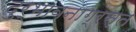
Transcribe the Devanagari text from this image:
दुर्भावनाग्रस्त